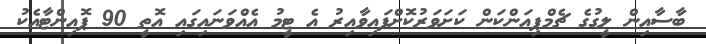
ބާސާއިން ލީގުގެ ޗެމްޕިއަންކަން ކަށަވަރުކޮށްފައިވާއިރު އެ ޓީމު އެއްވަނައިގައި އޮތީ 90 ޕޮއިންޓާއެކު